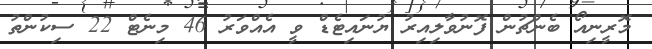
މޮރީނިއޯ ބެންޗުން ފޮނުވާލިއިރު ޔުނައިޓެޑް ވީ އެއްވަރު 46 މިނެޓް 22 ސިކުންތު